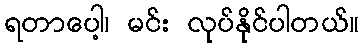
ရတာပေါ့၊ မင်း လုပ်နိုင်ပါတယ်။